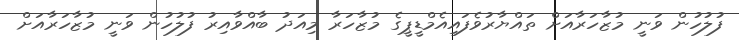
ފުލުހުން ވަނީ މުޒާހަރާއަށް ތައްޔާރުވެފައިއެމްޑީޕީގެ މުޒާހަރާ މިއަދު ބާއްވާއިރު ފުލުހުން ވަނީ މުޒާހަރާއަށް